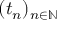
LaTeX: ( t _ { n } ) _ { n \in \mathbb { N } }